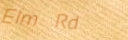
Elm Rd